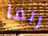
ربما